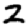
Digit: 2